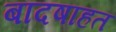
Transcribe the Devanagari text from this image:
बादषाहत